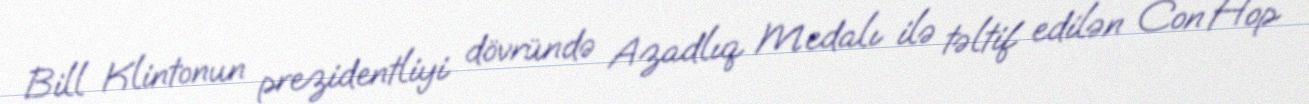
Bill Klintonun prezidentliyi dövründə Azadlıq Medalı ilə təltif edilən Con Hop